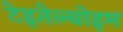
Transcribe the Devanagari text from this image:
टेइतेल्बोइम